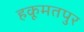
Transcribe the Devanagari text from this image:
हकूमतपुर